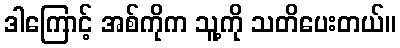
ဒါကြောင့် အစ်ကိုက သူ့ကို သတိပေးတယ်။